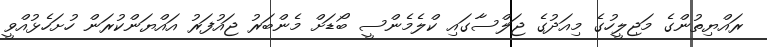
ރައްޔިތުންގެ މަޖިލީހުގެ މިއަދުގެ ޖަލްސާގައި ކްލެމެންސީ ބޯޑަށް މެންބަރު ޖައުފަރު އައްޔަންކުރަން ހުށަހެޅުއްވީ